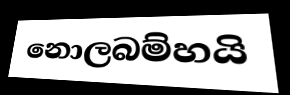
නොලබම්හයි